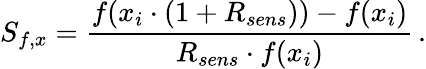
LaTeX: S_{f,x}=\frac{f(x_{i}\cdot(1+R_{sens}))-f(x_{i})}{R_{sens}\cdot f(x_{i})}\, .